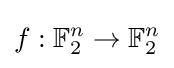
f:\mathbb {F} _{2}^{n}\to \mathbb {F} _{2}^{n}